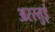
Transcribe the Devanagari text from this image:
अरस्तुई